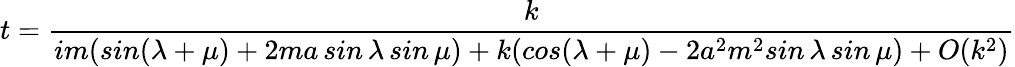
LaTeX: t=\frac{k}{im(sin(\lambda+\mu)+2ma\, sin\, \lambda\, sin\, \mu)+k(cos(\lambda+\mu)-2a^{2}m^{2}sin\, \lambda\, sin\, \mu)+O(k^{2})}